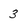
Character: 3